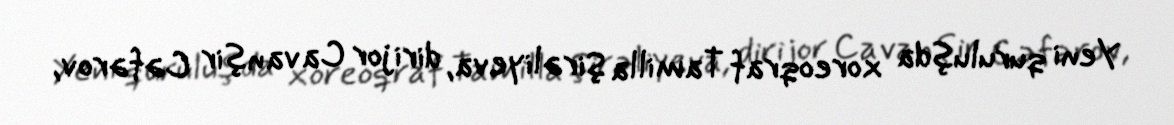
Yeni quruluşda xoreoqraf Tamilla Şirəliyeva, dirijor Cavanşir Cəfərov,